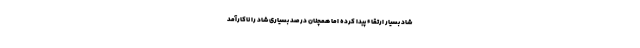
شاد بسیار ارتقاء پیدا کرده اما همچنان درصد بسیاری شاد را ناکارآمد